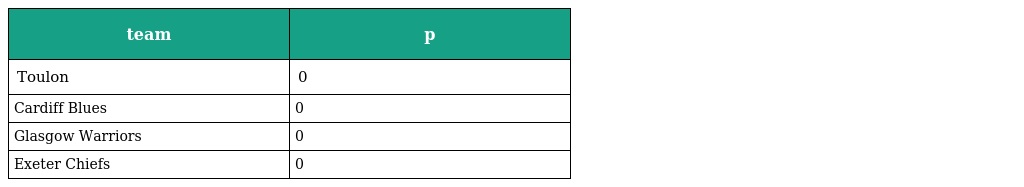
| team | p |
 | --- | --- |
 | Toulon | 0 |
 | Cardiff Blues | 0 |
 | Glasgow Warriors | 0 |
 | Exeter Chiefs | 0 |